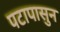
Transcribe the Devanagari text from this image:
पटापासुन